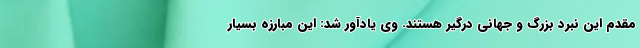
مقدم این نبرد بزرگ و جهانی درگیر هستند. وی یادآور شد: این مبارزه بسیار